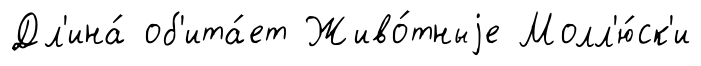
Дл'ина́ об'ита́ет Живо́тныjе Молл'ю́ск'и